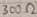
Text: 300Ω